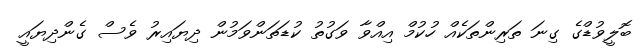
ބޮލީވުޑްގެ ގިނަ ތަރިންތަކެއް ހުކުމް އިއްވާ ވަގުތު ކުޑަތަންވަމުން ދިޔައިރު ވެސް ގެންދިޔައީ